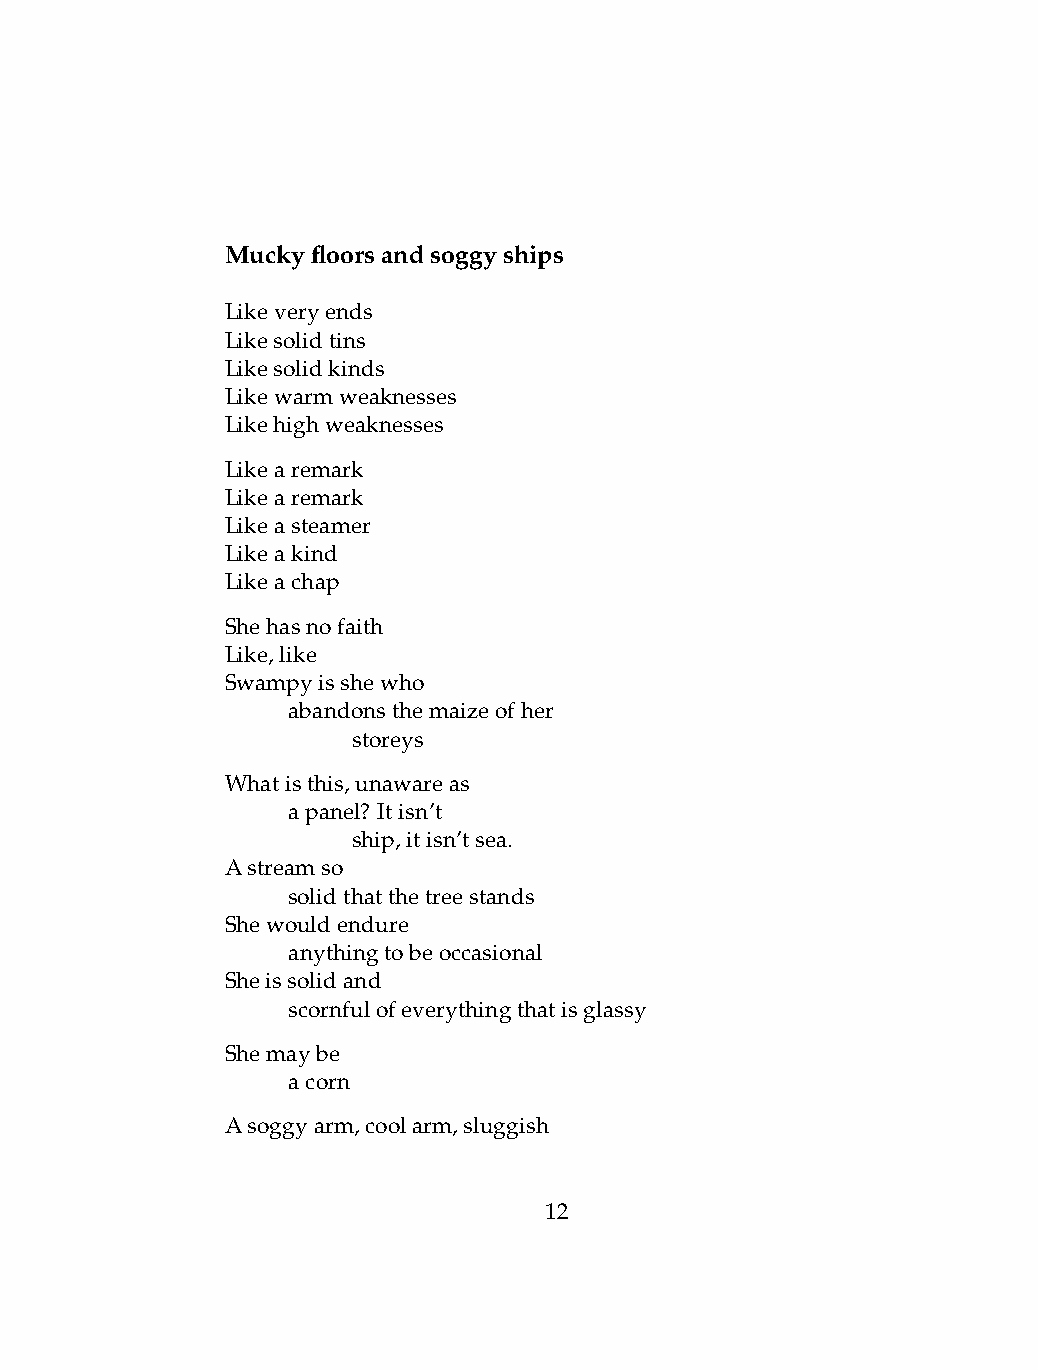
Muckyfloorsandsoggyships
 Likeveryends
 Likesolidtins
 Likesolidkinds
 Likewarmweaknesses
 Likehighweaknesses
 Likearemark
 Likearemark
 Likeasteamer
 Likeakind
 Likeachap
 Shehasnofaith
 Like,like
 Swampyisshewho
 .   abandonsthemaizeofher
 .   .   storeys
 Whatisthis,unawareas
 .   apanel? Itisn’t
 .   .   ship,itisn’tsea.
 Astreamso
 .   solidthatthetreestands
 Shewouldendure
 .   anythingtobeoccasional
 Sheissolidand
 .   scornfulofeverythingthatisglassy
 Shemaybe
 .   acorn
 Asoggyarm,coolarm,sluggish
 12